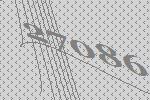
27086